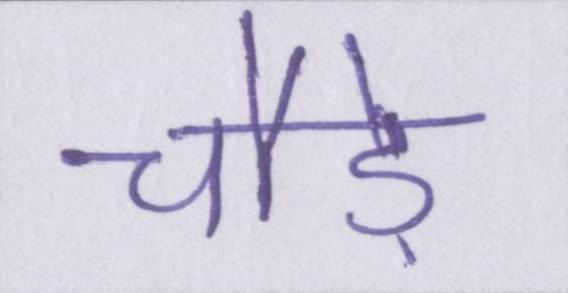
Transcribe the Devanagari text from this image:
चौड़े